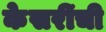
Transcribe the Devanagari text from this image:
केसरींची